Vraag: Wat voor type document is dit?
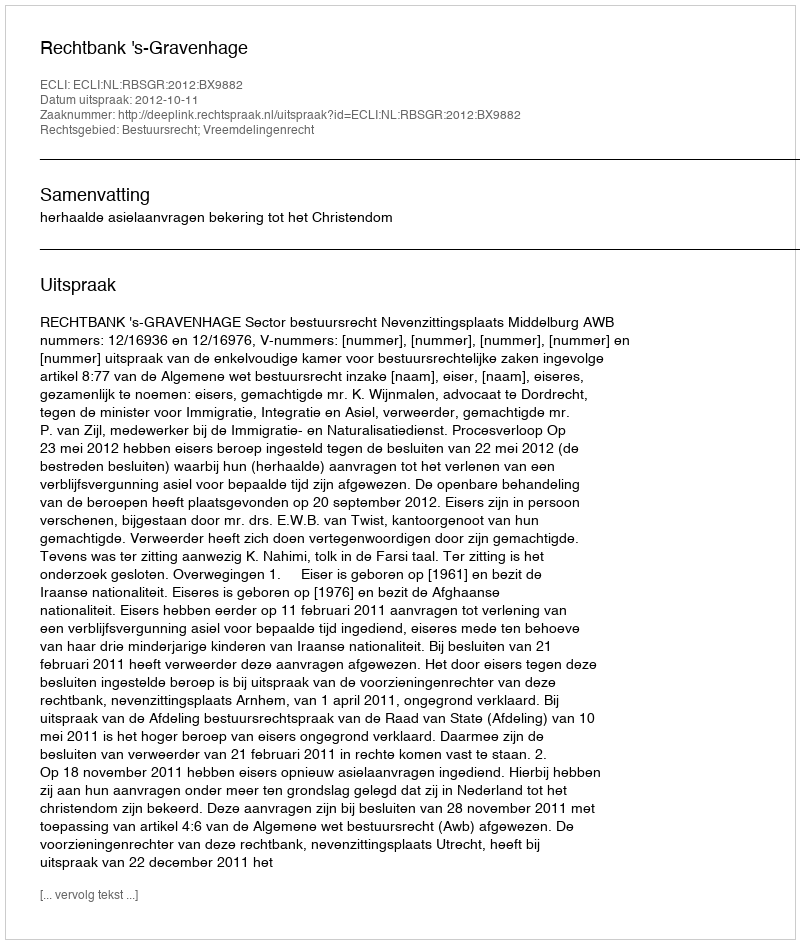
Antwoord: Uitspraak